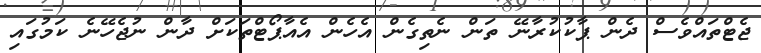
ޖެޓްތައްވެސް ދެން ޕާކުކުރާނޭ ތަން ނެތިގެން އެހެން އެއާޕޯޓްތަކަށް ދާން ނުޖެހޭނެ ކަމުގައި